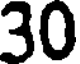
30